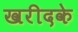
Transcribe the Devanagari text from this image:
खरीदके